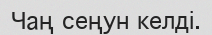
Чаң сеңун келдi.